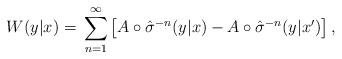
LaTeX: \begin{align*} W(y|x)=\, \sum_{n=1}^\infty \left[ A \circ \hat{\sigma}^{-n}(y|x) - A \circ \hat{\sigma}^{-n}(y|x') \right],\end{align*}